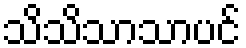
သိသိသာသာပင်